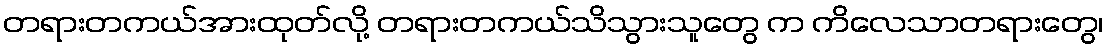
တရားတကယ်အားထုတ်လို့ တရားတကယ်သိသွားသူတွေ က ကိလေသာတရားတွေ၊